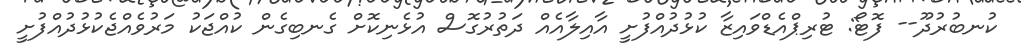
ކުނބުރުދޫ-- ފޮޓޯ: ޓުރިޕްއެޑްވައިޒާ ކުޅުދުއްފުށީ އާއިލާއެއް ދަތުރުގޮސް އުޅެނިކޮށް ގެނބިގެން ކުއްޖަކު މަރުވެއްޖެކުޅުދުއްފުށީ